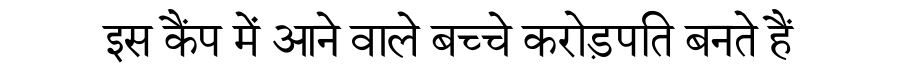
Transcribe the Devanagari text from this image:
इस कैंप में आने वाले बच्चे करोड़पति बनते हैं